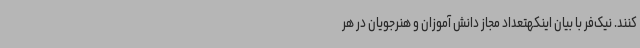
کنند. نیک‌فر با بیان اینکهتعداد مجاز دانش آموزان و هنرجویان در هر